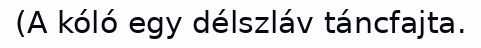
(A kóló egy délszláv táncfajta.